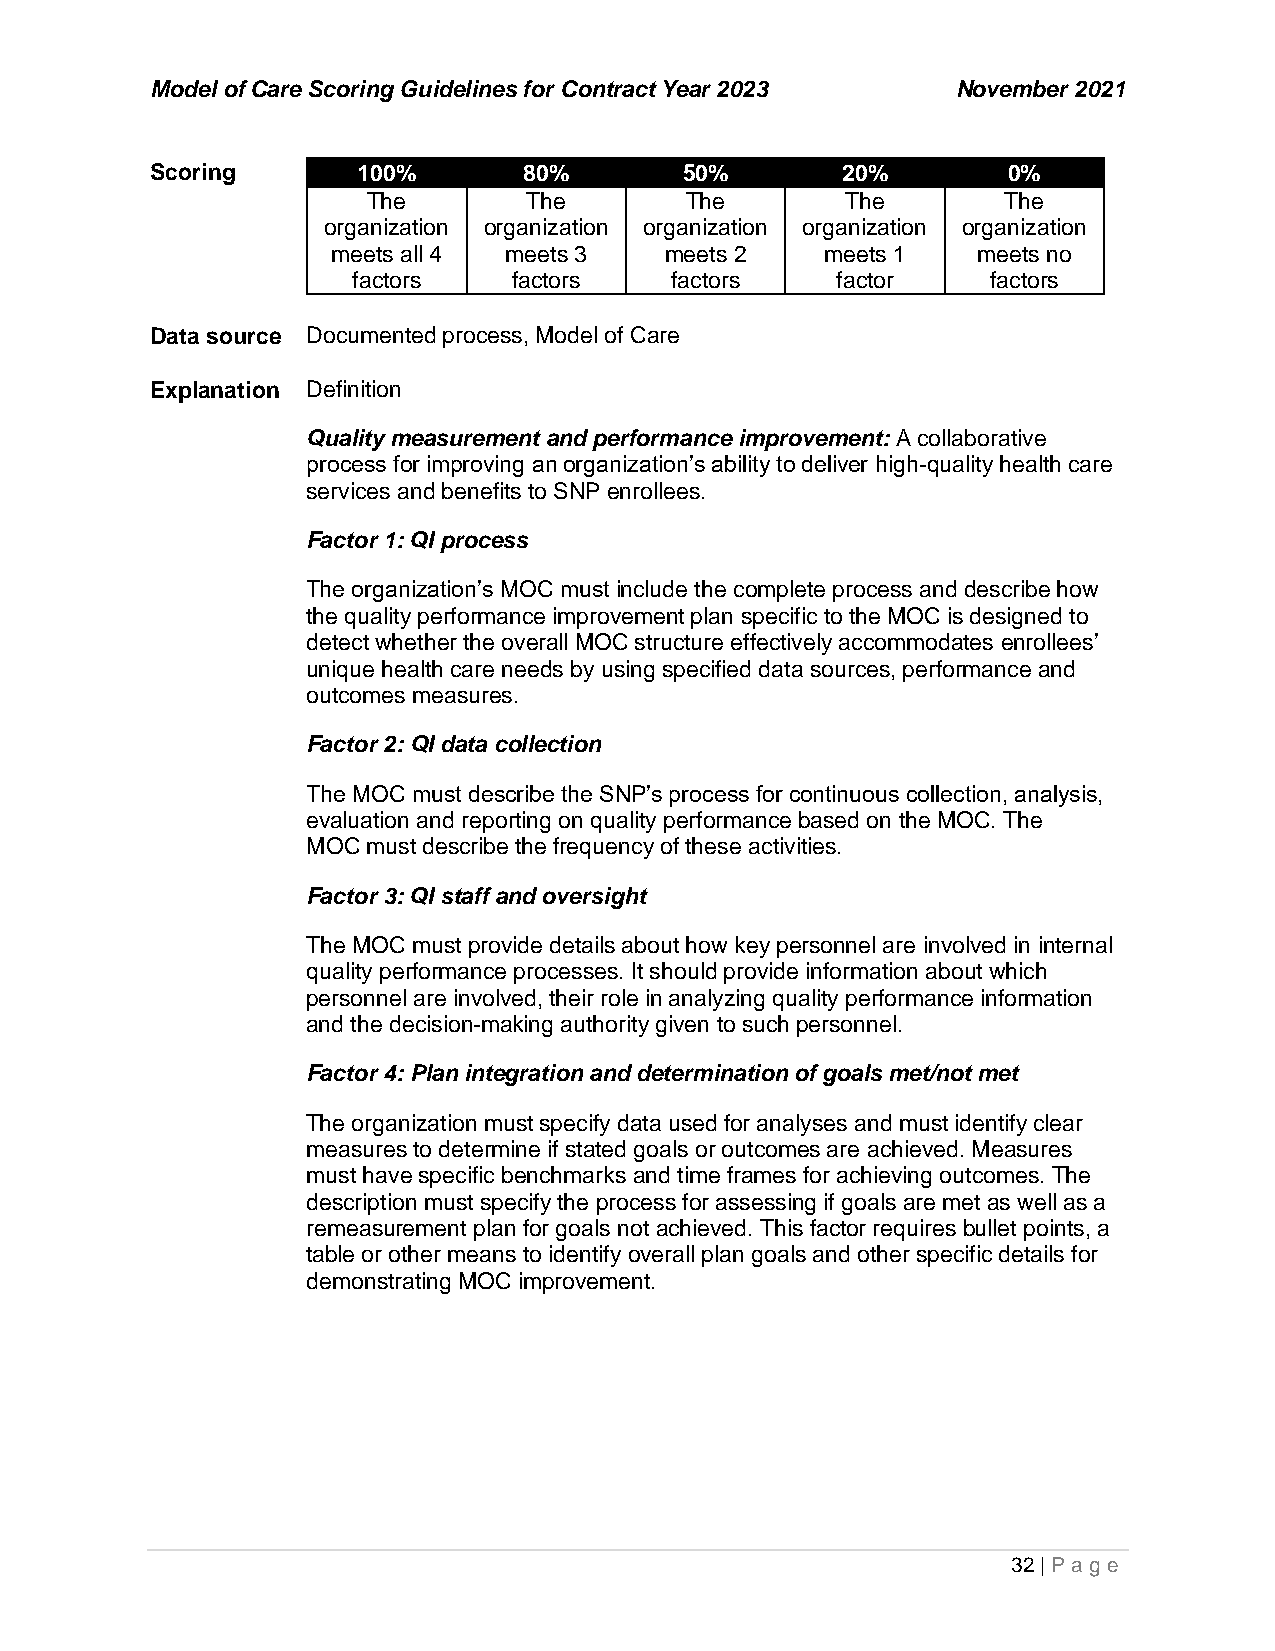
Model of Care Scoring Guidelines for Contract Year 2023 November 2021
 Scoring       100%       80%       50%        20%        0%
 The        The       The        The        The
 organization organization organization organization organization
 meets all 4 meets 3   meets 2    meets 1   meets no
 factors    factors   factors    factor     factors
 Data source Documented process, Model of Care
 Explanation Definition
 Quality measurement and performance improvement: A collaborative
 process for improving an organization’s ability to deliver high-quality health care
 services and benefits to SNP enrollees.
 Factor 1: QI process
 The organization’s MOC must include the complete process and describe how
 the quality performance improvement plan specific to the MOC is designed to
 detect whether the overall MOC structure effectively accommodates enrollees’
 unique health care needs by using specified data sources, performance and
 outcomes measures.
 Factor 2: QI data collection
 The MOC must describe the SNP’s process for continuous collection, analysis,
 evaluation and reporting on quality performance based on the MOC. The
 MOC must describe the frequency of these activities.
 Factor 3: QI staff and oversight
 The MOC must provide details about how key personnel are involved in internal
 quality performance processes. It should provide information about which
 personnel are involved, their role in analyzing quality performance information
 and the decision-making authority given to such personnel.
 Factor 4: Plan integration and determination of goals met/not met
 The organization must specify data used for analyses and must identify clear
 measures to determine if stated goals or outcomes are achieved. Measures
 must have specific benchmarks and time frames for achieving outcomes. The
 description must specify the process for assessing if goals are met as well as a
 remeasurement plan for goals not achieved. This factor requires bullet points, a
 table or other means to identify overall plan goals and other specific details for
 demonstrating MOC improvement.
 32 | P age